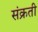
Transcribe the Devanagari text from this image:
संक्रती